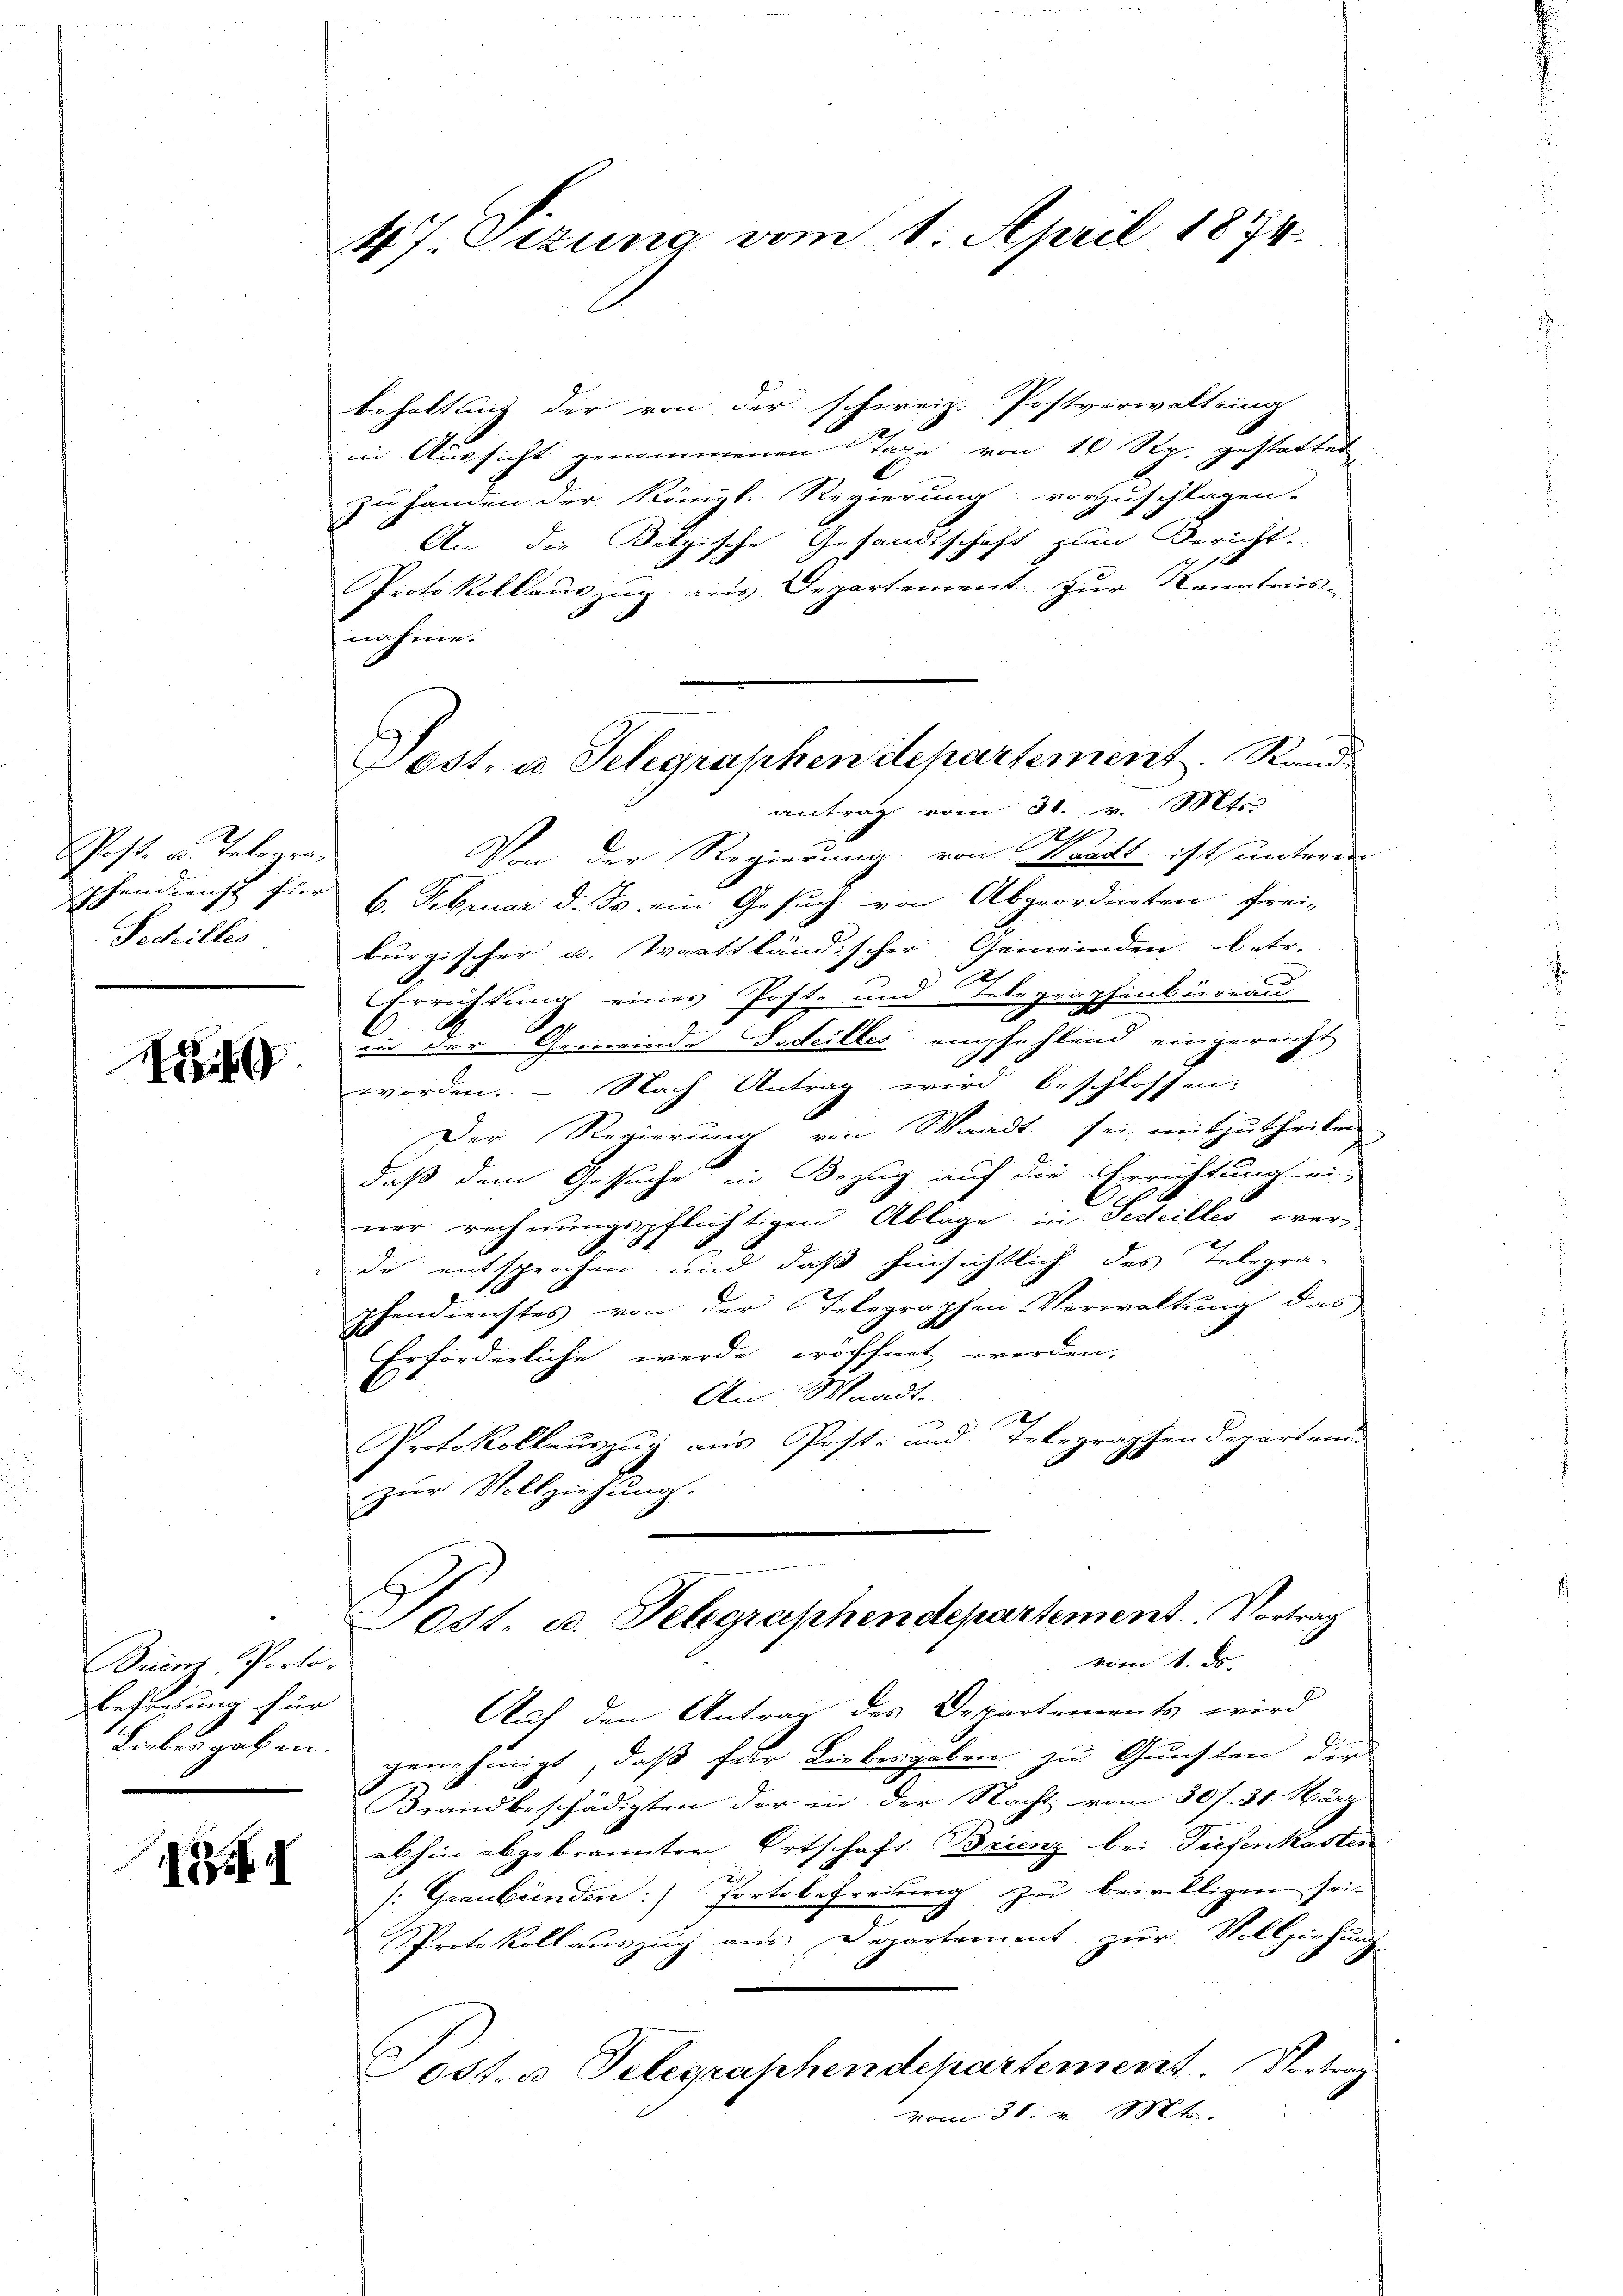
Post- u. Telegra¬
Secilles.

1

behaltung der von der schweiz. Postverwaltung
in Aussicht genommenen Taxe von 10 Rp. gestattet
zu handen der Königl. Regierung vorzuschlagen.
An die Belgische Gesandtschaft zum Bericht.
Protokollauszug aus Departement zur Kenntnis-
nahme.
antrag vom 31. v. Mts.
c
Vom der Regierung von Waadt ist unteren
phendienst für 6. Februar d. Js. ein Gesuch von Abgeordneten frei-
burgischer u. Waatsländischer Gemeinden betr.
Errichtung einer Post- und Telegraphenbüreau
in der Gemeinde Fedeilles empfehlend eingereicht
worden. - Nach Antrag wird beschlossen:
Der Regierung Waadt sei mitzutheilen
daß dem Gesuche in Bezug auf die Errichtung ei-
ner rechnungspflichtigen Ablage in Fedeilles werde entsprochen und daß hinsichtlich des Telegra-
hendienstes von der Telegraphen Verwaltung das
Erforderliche werde eröffnet werden.
A
An Waadt.
Protokollauszug aus Post- und Telegraphen Departend
zŭr Vollziehŭng.
Post. u. Telegraphendepartement. Vortrag
vom 1. d.
Auch den Antrag des Departements wird
Labesgaben, genehmigt, daß für Liebergeben zu Gunsten der
Krandbeschädigten der in der Nacht vom 30. 31. März
abhin abgebrannten Ortschaft Brienz bei Tiefenkasten
i
s: Graubünden:) fortbefreiung zu bewilligen sei¬
Protokoll auszug aus Departement zur Vollziehung
Post. Telegraphendepartement. Vertrag
vom 31. v. Mts.

Brient Porto-
Befregung für

47. Dezung vom 1. April 1874.

Post, u. Telegraphen Stepartement. Stand